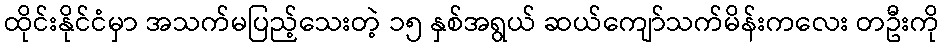
ထိုင်းနိုင်ငံမှာ အသက်မပြည့်သေးတဲ့ ၁၅ နှစ်အရွယ် ဆယ်ကျော်သက်မိန်းကလေး တဦးကို